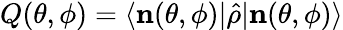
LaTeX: Q(\theta,\phi)=\langle\mathbf{n}(\theta,\phi)|\hat{\rho}|\mathbf{n}(\theta,\phi)\rangle